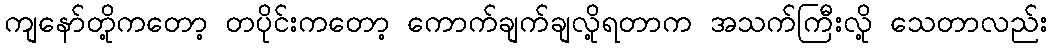
ကျနော်တို့ကတော့ တပိုင်းကတော့ ကောက်ချက်ချလို့ရတာက အသက်ကြီးလို့ သေတာလည်း